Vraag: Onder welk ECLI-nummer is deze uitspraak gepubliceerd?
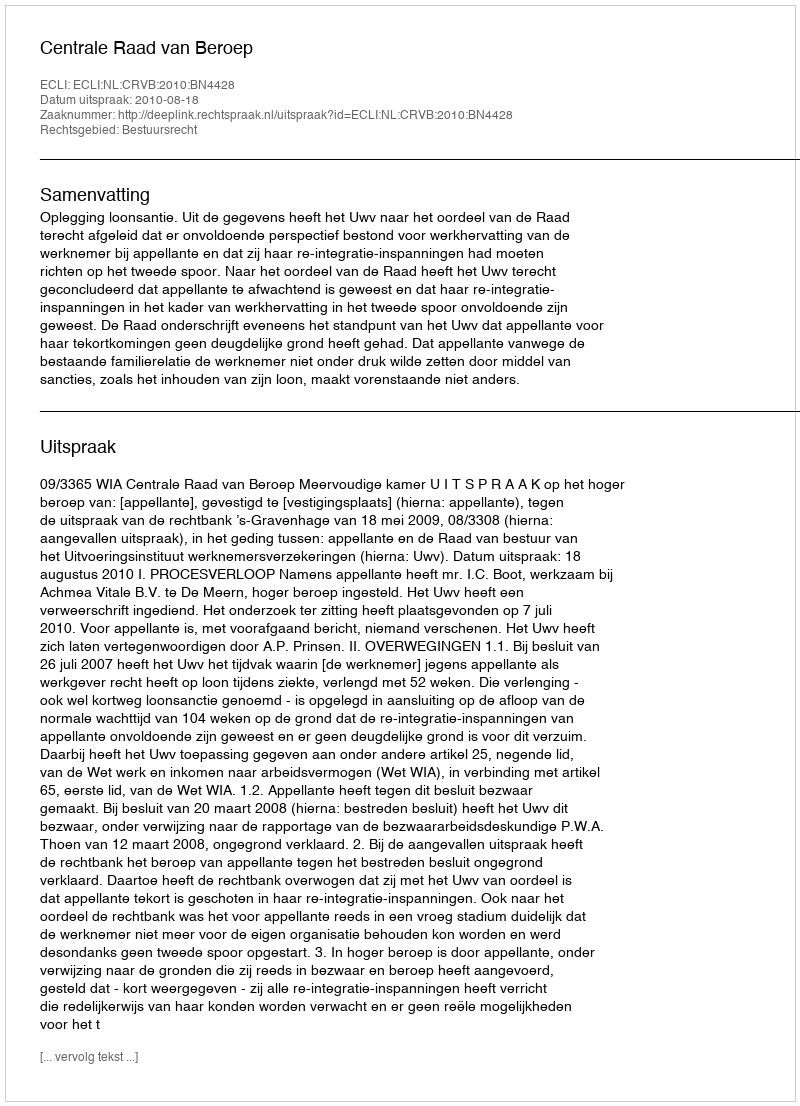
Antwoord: ECLI:NL:CRVB:2010:BN4428